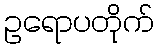
ဥရောပတိုက်